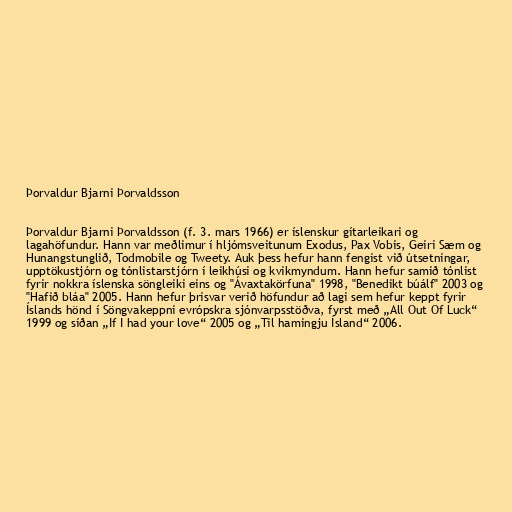
Þorvaldur Bjarni Þorvaldsson

Þorvaldur Bjarni Þorvaldsson (f. 3. mars 1966) er íslenskur gítarleikari og
lagahöfundur. Hann var meðlimur í hljómsveitunum Exodus, Pax Vobis, Geiri Sæm og
Hunangstunglið, Todmobile og Tweety. Auk þess hefur hann fengist við útsetningar,
upptökustjórn og tónlistarstjórn í leikhúsi og kvikmyndum. Hann hefur samið tónlist
fyrir nokkra íslenska söngleiki eins og "Ávaxtakörfuna" 1998, "Benedikt búálf" 2003 og
"Hafið bláa" 2005. Hann hefur þrisvar verið höfundur að lagi sem hefur keppt fyrir
Íslands hönd í Söngvakeppni evrópskra sjónvarpsstöðva, fyrst með „All Out Of Luck“
1999 og síðan „If I had your love“ 2005 og „Til hamingju Ísland“ 2006.